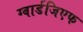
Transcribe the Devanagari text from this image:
ग्वार्डजिएफ